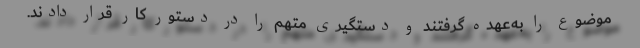
موضوع را به‌عهده گرفتند و دستگیری متهم را در دستور کار قرار دادند.